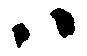
ハ